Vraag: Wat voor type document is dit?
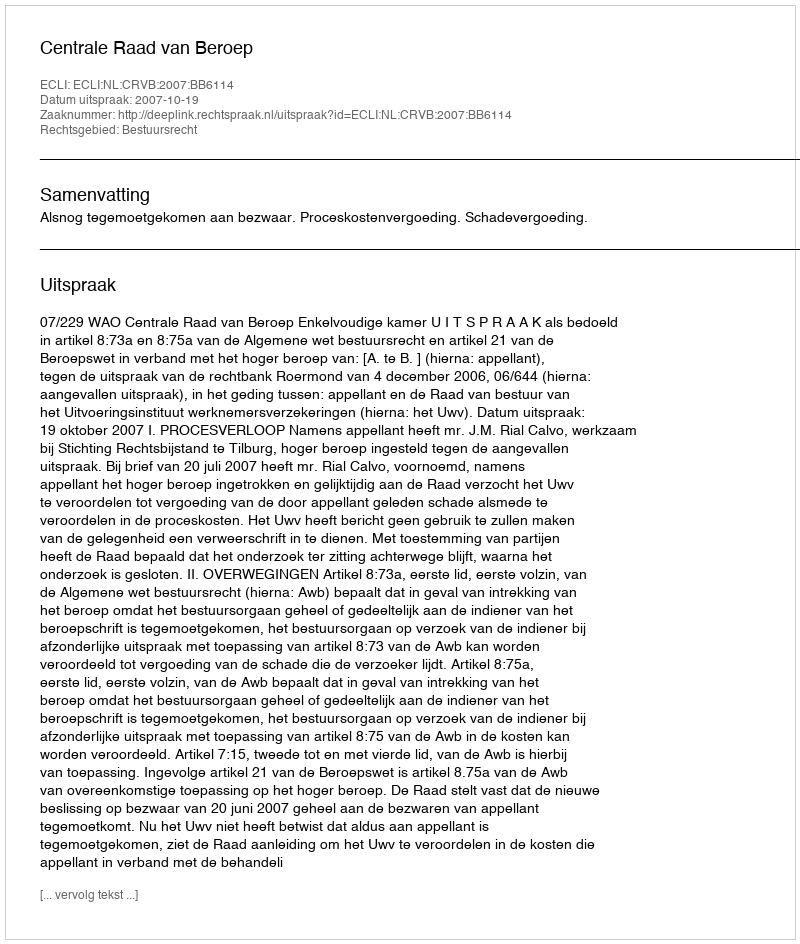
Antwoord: Uitspraak